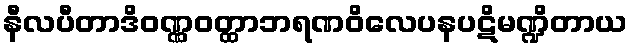
နီလပီတာဒိဝဏ္ဏဝတ္ထာဘရဏဝိလေပနပဋိမဏ္ဍိတာယ